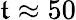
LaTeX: \mathfrak{t}\approx50